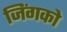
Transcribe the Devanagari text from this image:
जिंगको